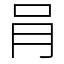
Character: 肙